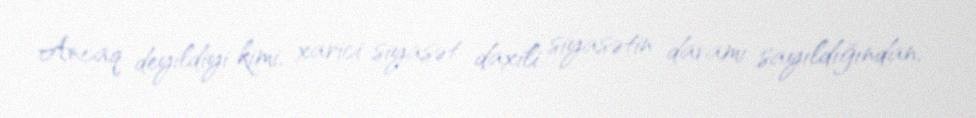
Ancaq deyildiyi kimi, xarici siyasət daxili siyasətin davamı sayıldığından,